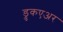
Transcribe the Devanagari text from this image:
ड्रुकएअर